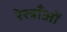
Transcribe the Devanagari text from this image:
रेस्त्राँओं